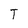
Character: T